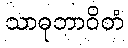
သာဓုဘာဝိတံ